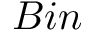
B i n